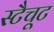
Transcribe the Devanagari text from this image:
स्टैचूट